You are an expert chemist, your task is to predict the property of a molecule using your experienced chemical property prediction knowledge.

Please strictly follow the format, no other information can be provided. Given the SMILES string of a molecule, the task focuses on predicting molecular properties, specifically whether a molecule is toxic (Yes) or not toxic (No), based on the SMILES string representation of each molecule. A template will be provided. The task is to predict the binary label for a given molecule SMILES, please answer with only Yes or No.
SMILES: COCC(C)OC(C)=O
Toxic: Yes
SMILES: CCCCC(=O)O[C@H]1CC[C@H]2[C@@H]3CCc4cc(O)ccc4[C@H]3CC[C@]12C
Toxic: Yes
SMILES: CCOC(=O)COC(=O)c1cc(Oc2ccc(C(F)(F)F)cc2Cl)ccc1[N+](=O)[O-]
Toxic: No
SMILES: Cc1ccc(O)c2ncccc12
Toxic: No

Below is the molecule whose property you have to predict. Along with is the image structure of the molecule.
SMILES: CCCCC(CC)COC(=O)OOC(C)(C)C
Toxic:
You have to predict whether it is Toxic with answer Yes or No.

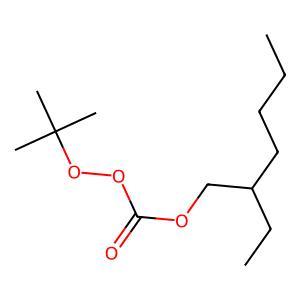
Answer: No